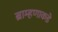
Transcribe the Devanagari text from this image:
ब्राम्हणाकडे